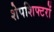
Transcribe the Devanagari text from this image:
शेपशिफ्टरों